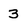
Character: 3